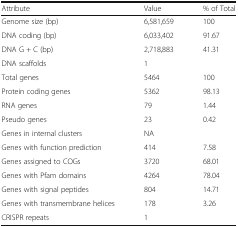
| Attribute | Value | % of Total |
 | --- | --- | --- |
 | Genome size (bp) | 6,581,659 | 100 |
 | DNA coding (bp) | 6,033,402 | 91.67 |
 | DNA G + C (bp) | 2,718,883 | 41.31 |
 | DNA scaffolds | 1 |  |
 | Total genes | 5464 | 100 |
 | Protein coding genes | 5362 | 98.13 |
 | RNA genes | 79 | 1.44 |
 | Pseudo genes | 23 | 0.42 |
 | Genes in internal clusters | NA |  |
 | Genes with function prediction | 414 | 7.58 |
 | Genes assigned to COGs | 3720 | 68.01 |
 | Genes with Pfam domains | 4264 | 78.04 |
 | Genes with signal peptides | 804 | 14.71 |
 | Genes with transmembrane helices | 178 | 3.26 |
 | CRISPR repeats | 1 |  |